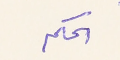
الحكم